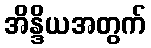
အိန္ဒိယအတွက်